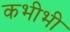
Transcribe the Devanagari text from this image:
कभीभी